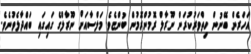
އަހަރެން ބޭނުން ހިތްވަރުކުރަން ނޫރާލް ރޮމުންރޮމުން ބުންޏެވެ. މަލްސާއަށް ނޫރާލްގެ ގައިގައި ބައްދާލެވުނެވެ.